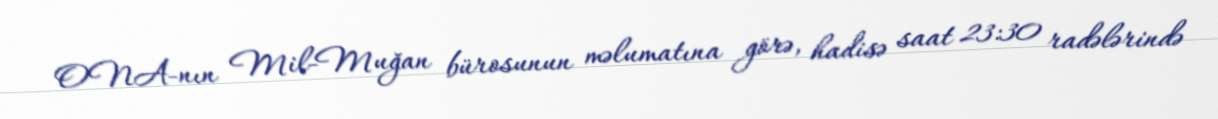
ONA-nın Mil-Muğan bürosunun məlumatına görə, hadisə saat 23:30 radələrində